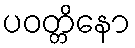
ပဝတ္တိနော